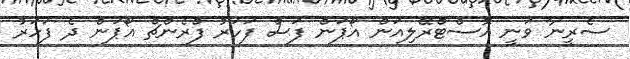
ސެރީނާ ވަނީ އޮސްޓްރޭލިއަން އޯޕަން ފަސް ފަހަރު ފްރެންޗް އޯޕަން ދެ ފަހަރު